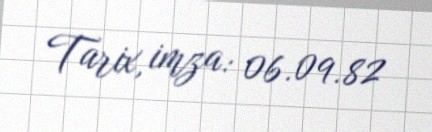
Tarix, imza: 06.09.82